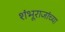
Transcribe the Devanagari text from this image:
शंभूराजांच्या